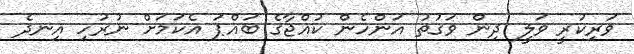
ވަރިކުރީ ވަލީ ދިން ވަގުތު އަންހެން ކުއްޖާގެ ބައްޕަ އެކަމަށް ނުރުހި އިނދެ